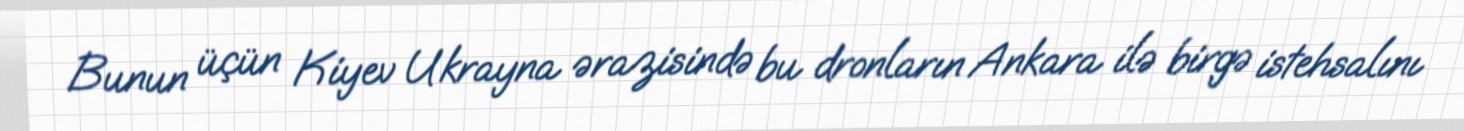
Bunun üçün Kiyev Ukrayna ərazisində bu dronların Ankara ilə birgə istehsalını